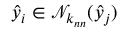
\hat { y } _ { i } \in \mathcal N _ { k _ { n n } } ( \hat { y } _ { j } )